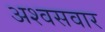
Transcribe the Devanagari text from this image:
अश्वसवार